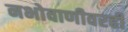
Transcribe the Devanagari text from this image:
नभोवाणीवरही